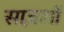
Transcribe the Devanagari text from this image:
साज़शों